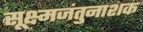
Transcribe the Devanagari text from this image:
सूक्ष्मजंतुनाशक